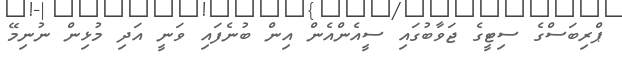
ޕްރިބަސްގެ ސިޓީގެ ޖަވާބުގައި ސީއެންއެން އިން ބުނެފައި ވަނީ އަދި މުޅިން ނުނިމޭ